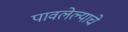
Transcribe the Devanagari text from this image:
पावलेल्याचे